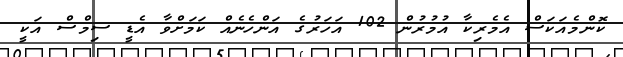
ކޮންމެއަކަސް އެމެރިކާ އުމުރުން 102 އަހަރުގެ އަންހެނެއް ކަމަށްވާ އެޑީ ސިމްސް އަކީ